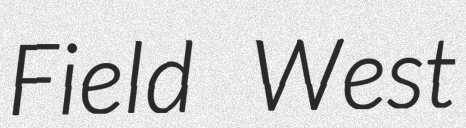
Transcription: Field West